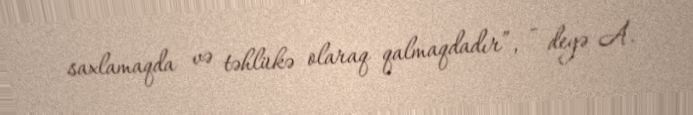
saxlamaqda və təhlükə olaraq qalmaqdadır”, - deyə A.